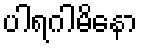
ပါရဂါမိနော